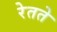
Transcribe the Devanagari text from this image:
रेतते